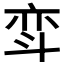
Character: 𫿳